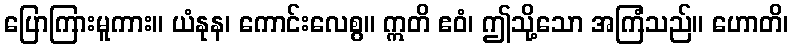
ပြောကြားမူကား။ ယံနုန၊ ကောင်းလေစွ။ ဣတိ ဧဝံ၊ ဤသို့သော အကြံသည်။ ဟောတိ၊